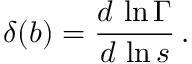
\delta ( b ) = \frac { d \, \ln \Gamma } { d \, \ln s } \, .